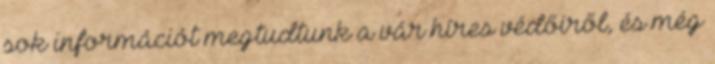
sok információt megtudtunk a vár híres védőiről, és még